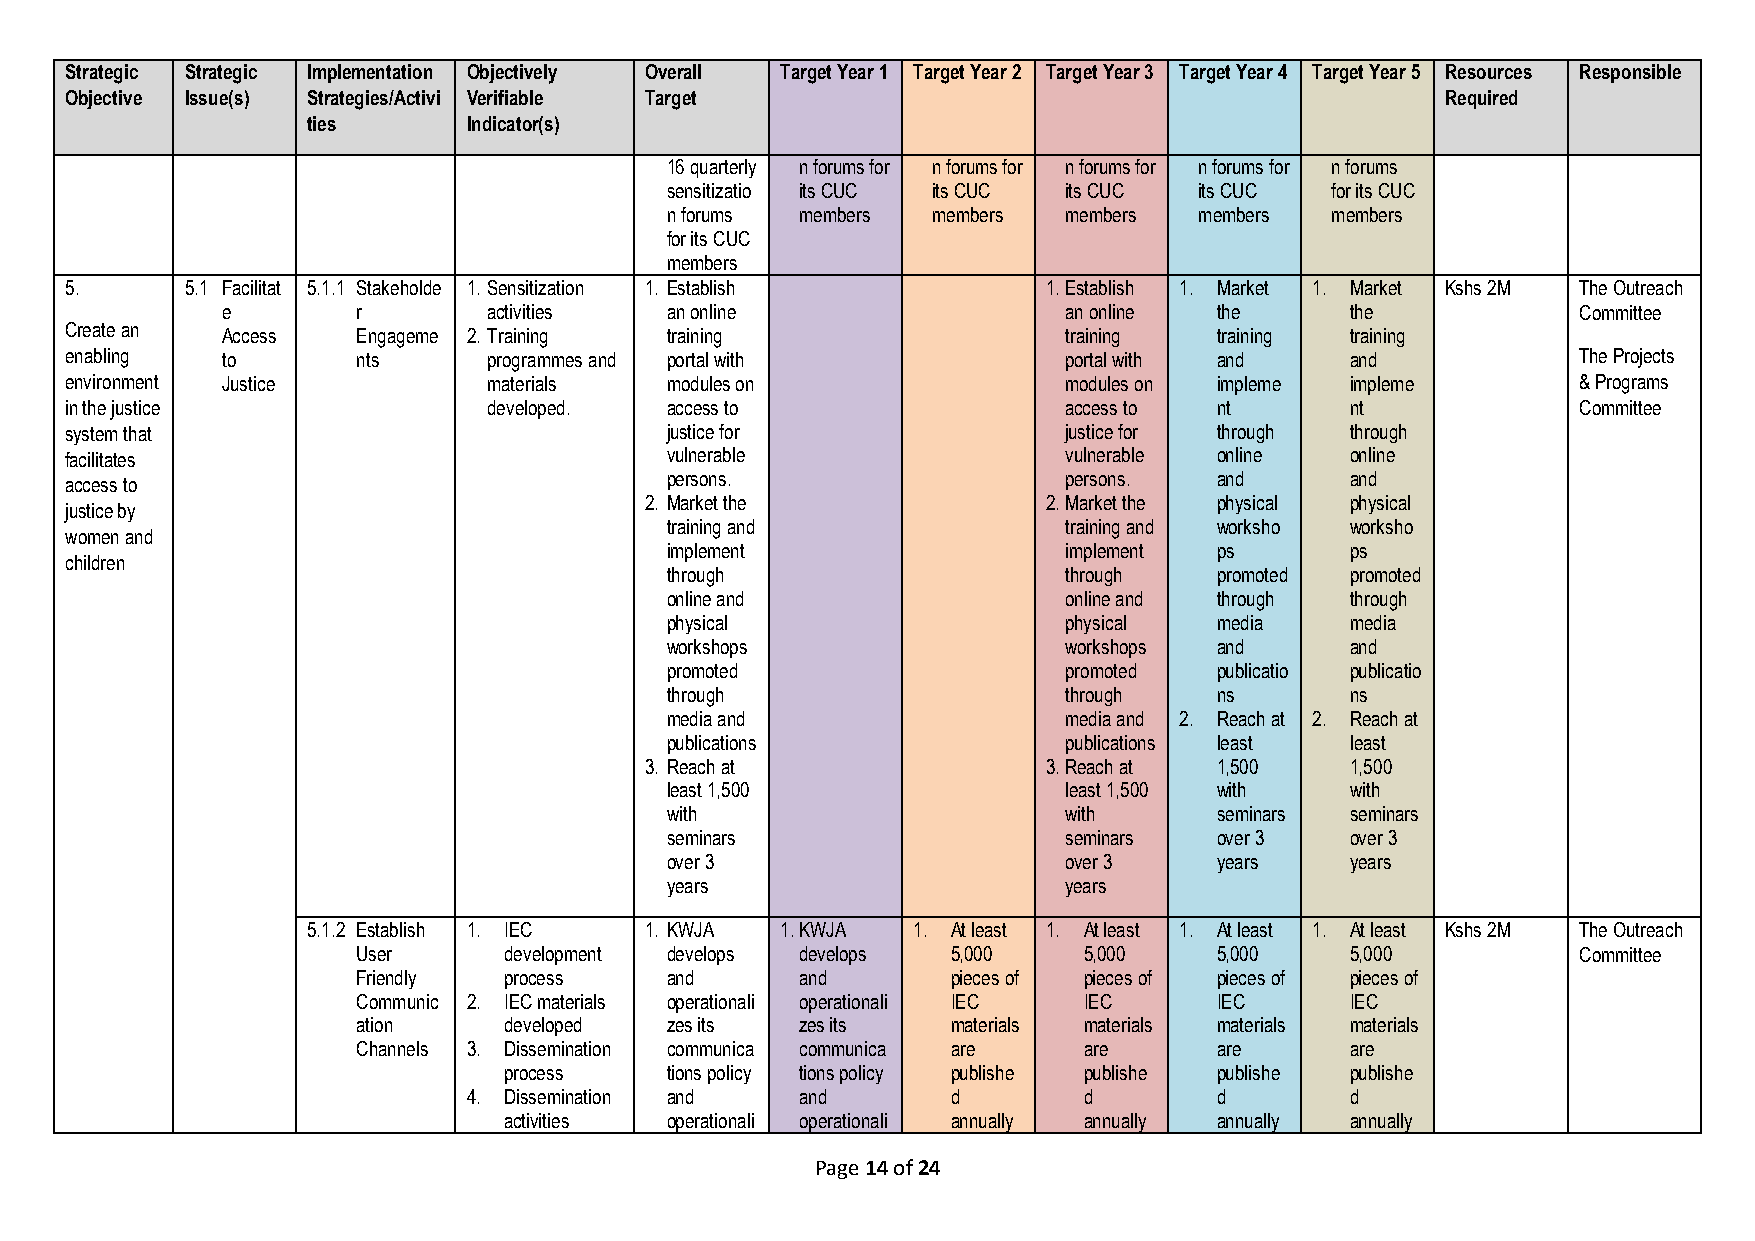
Strategic Strategic Implementation Objectively Overall Target Year 1 Target Year 2 Target Year 3 Target Year 4 Target Year 5 Resources Responsible
 Objective Issue(s) Strategies/Activi Verifiable Target                                      Required
 ties       Indicator(s)
 16 quarterly n forums for n forums for n forums for n forums for n forums
 sensitizatio its CUC its CUC its CUC its CUC for its CUC
 n forums members  members members  members  members
 for its CUC
 members
 5.      5.1 Facilitat 5.1.1 Stakeholde 1. Sensitization 1. Establish 1. Establish 1. Market 1. Market Kshs 2M The Outreach
 e        r       activities  an online                 an online  the     the             Committee
 Create an  Access   Engageme 2. Training training                 training   training training
 enabling   to       nts     programmes and portal with            portal with and    and             The Projects
 environment Justice         materials   modules on                modules on impleme impleme         & Programs
 in the justice              developed.  access to                 access to  nt      nt              Committee
 system that                             justice for               justice for through through
 facilitates                             vulnerable                vulnerable online  online
 access to                               persons.                  persons.   and     and
 2. Market the             2. Market the physical physical
 justice by
 training and              training and worksho worksho
 women and
 implement                 implement  ps      ps
 children
 through                   through    promoted promoted
 online and                online and through through
 physical                  physical   media   media
 workshops                 workshops  and     and
 promoted                  promoted   publicatio publicatio
 through                   through    ns      ns
 media and                 media and 2. Reach at 2. Reach at
 publications              publications least least
 3. Reach at               3. Reach at 1,500   1,500
 least 1,500               least 1,500 with   with
 with                      with       seminars seminars
 seminars                  seminars   over 3  over 3
 over 3                    over 3     years   years
 years                     years
 5.1.2 Establish 1. IEC 1. KWJA  1. KWJA 1. At least 1. At least 1. At least 1. At least Kshs 2M The Outreach
 User     development develops develops 5,000    5,000    5,000   5,000           Committee
 Friendly process    and      and       pieces of pieces of pieces of pieces of
 Communic 2. IEC materials operationali operationali IEC IEC IEC  IEC
 ation    developed  zes its  zes its   materials materials materials materials
 Channels 3. Dissemination communica communica are are    are     are
 process    tions policy tions policy publishe publishe publishe publishe
 4. Dissemination and  and       d        d        d       d
 activities operationali operationali annually annually annually annually
 Page 14 of 24